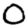
Digit: 0